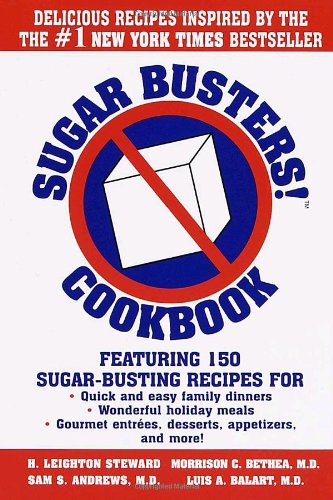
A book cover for Sugar Busters! Quick & Easy Cookbook; H. Leighton Steward; Cookbooks, Food & Wine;